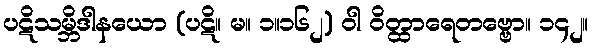
ပဋိသမ္ဘိဒါနယော (ပဋိ။ မ။ ၁။၁၆၂) ဝါ ဝိတ္ထာရေတဗ္ဗော။ ၁၄၂။